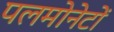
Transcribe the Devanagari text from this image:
पलमोनेटों